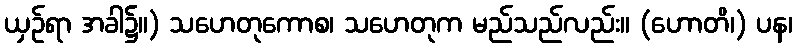
ယှဉ်ရာ အခါ၌။) သဟေတုကောစ၊ သဟေတုက မည်သည်လည်း။ (ဟောတိ၊) ပန၊